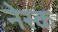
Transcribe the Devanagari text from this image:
नेस्क